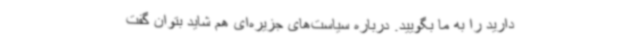
دارید را به ما بگویید. درباره سیاست‌های جزیره‌ای هم شاید بتوان گفت